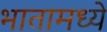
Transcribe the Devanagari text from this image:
भातामध्ये